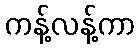
ကန့်လန့်ကာ